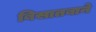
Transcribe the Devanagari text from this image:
बिसातबाने